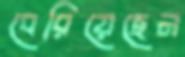
বেরিয়েছেন